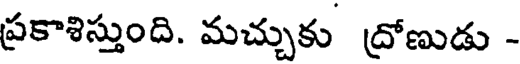
ప్రకాశిస్తుంది. మచ్చుకు ద్రోణుడు -